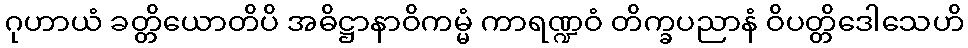
ဂုဟာယံ ခတ္တိယောတိပိ အဓိဋ္ဌာနာဝိကမ္မံ ကာရဏ္ဍဝံ တိက္ခပညာနံ ဝိပတ္တိဒေါသေဟိ